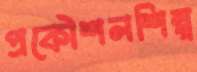
প্রকৌশলশিল্প